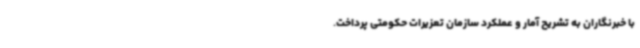
با خبرنگاران به تشریح آمار و عملکرد سازمان تعزیرات حکومتی پرداخت.